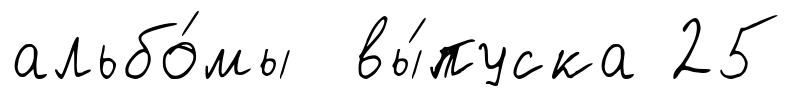
альбо́мы вы́пуска 25